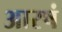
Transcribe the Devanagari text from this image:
आरषं